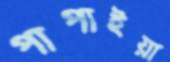
পাপাইয়া